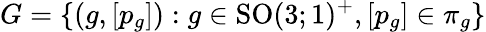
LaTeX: G=\{ (g,[p_{g}]):g\in\mathrm{SO}(3;1)^{+},[p_{g}]\in\pi_{g}\}